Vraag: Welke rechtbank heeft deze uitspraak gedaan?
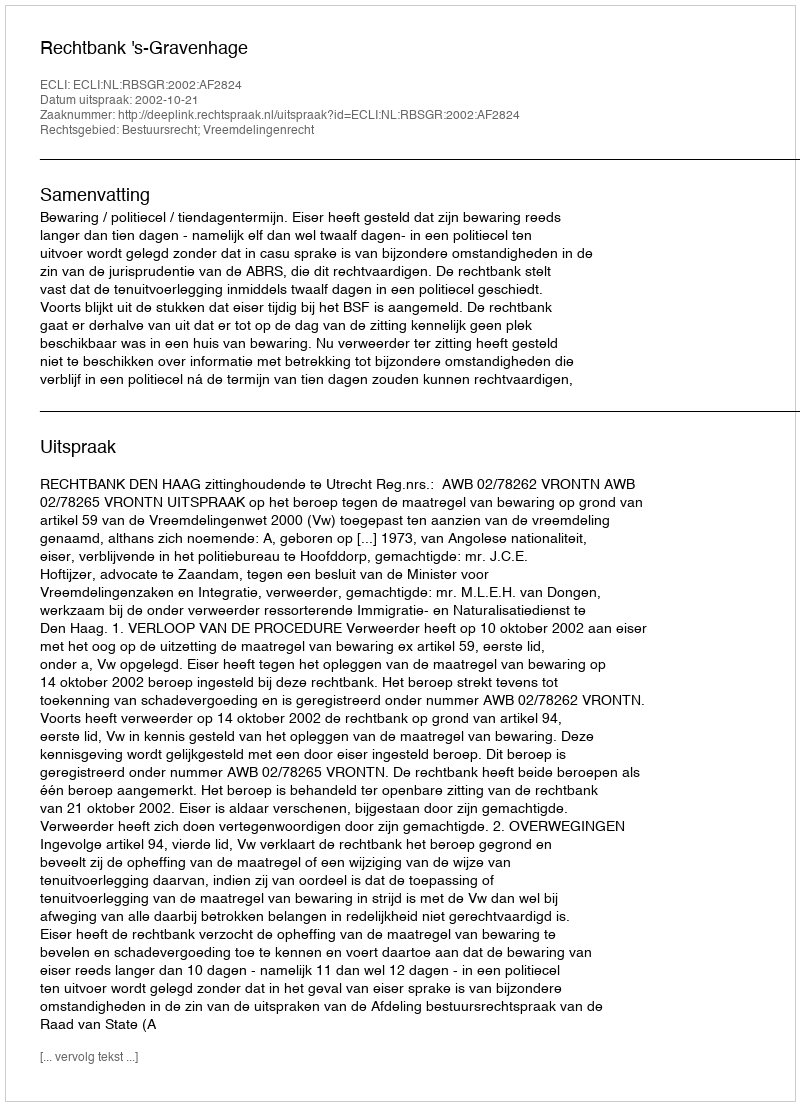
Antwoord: Rechtbank 's-Gravenhage